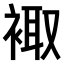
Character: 𧚥